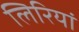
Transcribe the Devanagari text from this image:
लिरियां